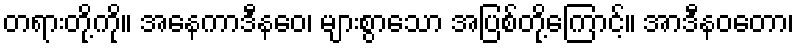
တရားတို့ကို။ အနေကာဒီနဝေ၊ များစွာသော အပြစ်တို့ကြောင့်။ အာဒီနဝတော၊